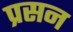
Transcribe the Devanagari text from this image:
प्रसन